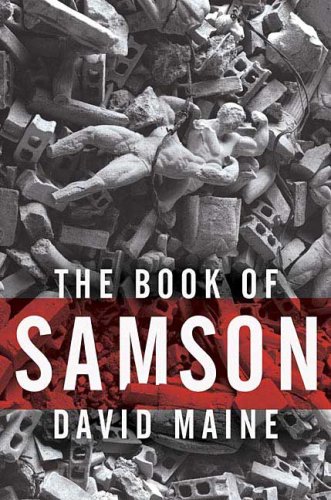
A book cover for The Book of Samson; David Maine; Christian Books & Bibles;